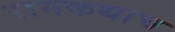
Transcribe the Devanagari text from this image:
रामकथाच